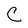
Character: C